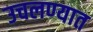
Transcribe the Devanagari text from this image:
उचलण्‍यात